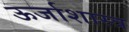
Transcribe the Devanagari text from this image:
ऊर्जाशास्त्र